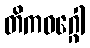
တိကဝဂ္ဂေါ